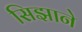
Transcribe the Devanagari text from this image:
सिझाने